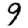
Digit: 9